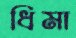
ধিমা